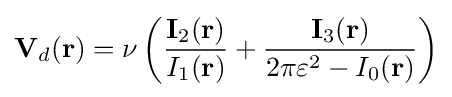
\mathbf {V} _{d}(\mathbf {r} )=\nu \left({\dfrac {\mathbf {I} _{2}(\mathbf {r} )}{I_{1}(\mathbf {r} )}}+{\dfrac {\mathbf {I} _{3}(\mathbf {r} )}{2\pi \varepsilon ^{2}-I_{0}(\mathbf {r} )}}\right)